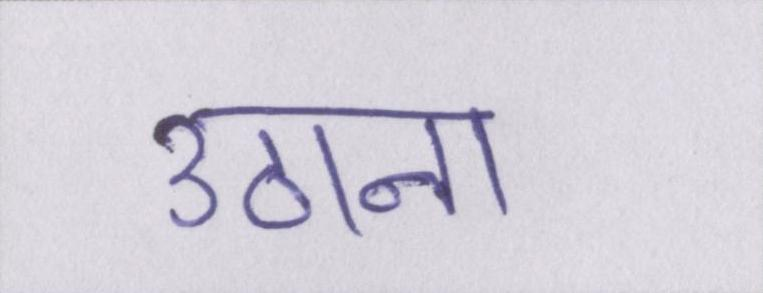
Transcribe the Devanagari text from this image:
उठाना